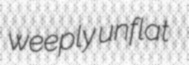
weeply unflat